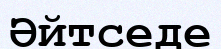
Әйтседе